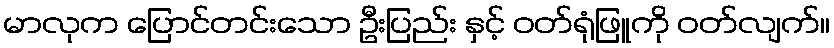
မာလုက ပြောင်တင်းသော ဦးပြည်း နှင့် ဝတ်ရုံဖြူကို ဝတ်လျက်။